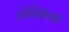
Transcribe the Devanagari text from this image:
जोखिक